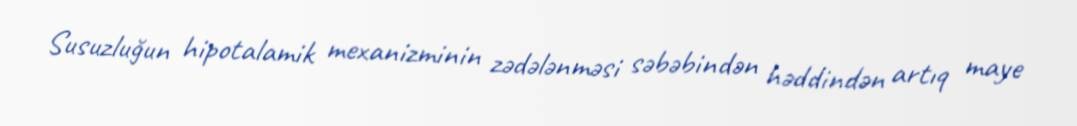
Susuzluğun hipotalamik mexanizminin zədələnməsi səbəbindən həddindən artıq maye